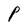
Character: P